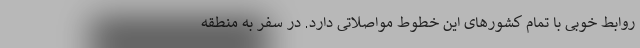
روابط خوبی با تمام کشورهای این خطوط مواصلاتی دارد. در سفر به منطقه